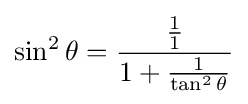
\sin ^{2}\theta ={\frac {\frac {1}{1}}{1+{\frac {1}{\tan ^{2}\theta }}}}